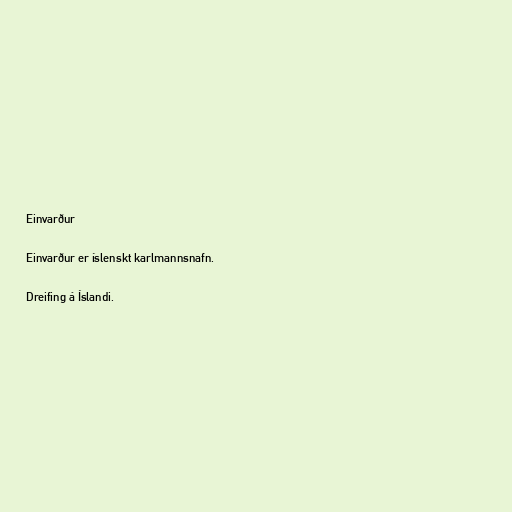
Einvarður

Einvarður er íslenskt karlmannsnafn.

Dreifing á Íslandi.